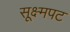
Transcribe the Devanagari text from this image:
सूक्ष्मपट